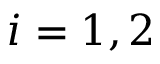
i = 1 , 2